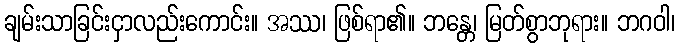
ချမ်းသာခြင်းငှာလည်းကောင်း။ အဿ၊ ဖြစ်ရာ၏။ ဘန္တေ၊ မြတ်စွာဘုရား။ ဘဂဝါ၊